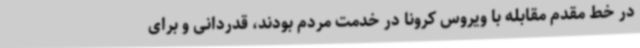
در خط مقدم مقابله با ویروس کرونا در خدمت مردم بودند، قدردانی و برای